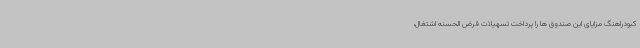
کبودراهنگ مزایای این صندوق ها را پرداخت تسهیلات قرض الحسنه اشتغال،